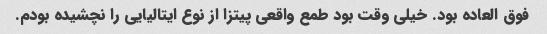
فوق العاده بود. خیلی وقت بود طمع واقعی پیتزا از نوع ایتالیایی را نچشیده بودم.